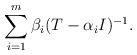
LaTeX: \begin{align*} \sum_{i=1}^{m} \beta_i (T - \alpha_i I)^{-1}.\end{align*}